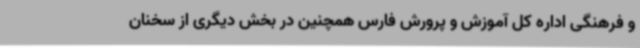
و فرهنگی اداره کل آموزش و پرورش فارس همچنین در بخش دیگری از سخنان